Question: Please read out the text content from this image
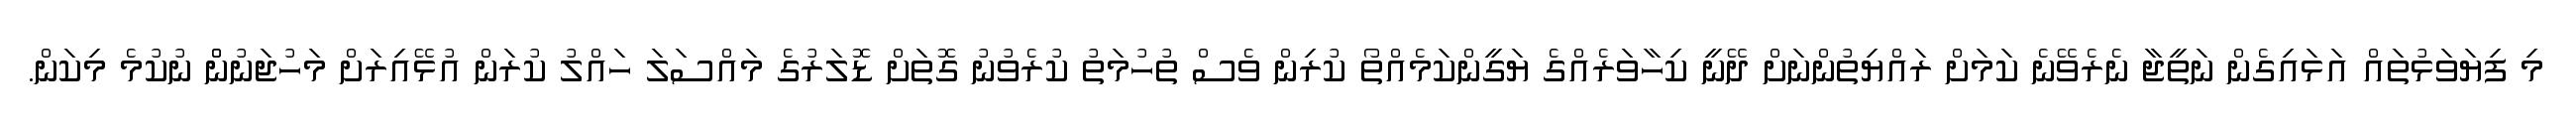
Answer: މި ފިޔަވަޅުތައް އަޅައިގެން ނަތީޖާ ނެރެވޭނެ ކަމަށް ރައްޔިތުންނަށް ދޭނީ ކިހާވަރެއްގެ ޔަގީންކަމެއްތޯ ކުރިން ވެސް ތުހުމަތު ކުރެވުނު ގޮތަށް ޑޮލަރުގެ މައްސަލަ ހައްލު ކުރަން އުޅޭއިރަށް މަހުޖަނުންް ނުކުމެ މިކަން.